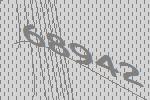
68942